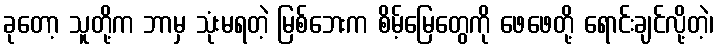
ခုတော့ သူတို့က ဘာမှ သုံးမရတဲ့ မြစ်ဘေးက စိမ့်မြေတွေကို ဖေဖေတို့ ရောင်းချင်လို့တဲ့၊